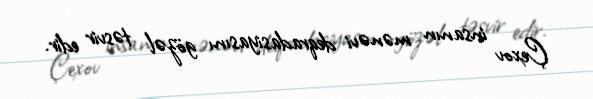
Çexov insanın mənəvi deqradasiyasını gözəl təsvir edir.